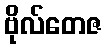
ဗိုလ်တေဇ